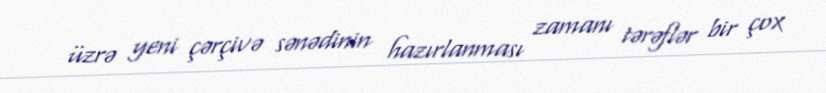
üzrə yeni çərçivə sənədinin hazırlanması zamanı tərəflər bir çox